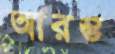
আরম্ভ